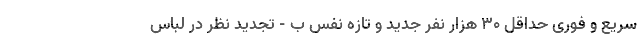
سریع و فوری حداقل ۳۰ هزار نفر جدید و تازه نفس ب - تجدید نظر در لباس